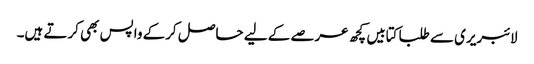
لائبریری سے طلبا کتابیں کچھ عرصے کے لیے حاصل کرکے واپس بھی کرتے ہیں۔